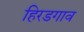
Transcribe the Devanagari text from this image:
हिरडगाव